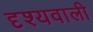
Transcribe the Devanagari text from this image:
दृश्यवाली